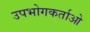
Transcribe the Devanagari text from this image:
उपभोगकर्ताओ